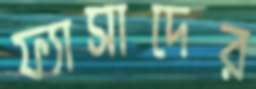
ফ্যাসাদের